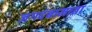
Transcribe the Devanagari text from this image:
जगदंबामाता